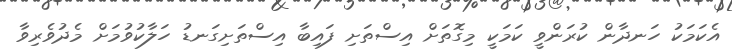
އެކަމަކު ހަނދާން ކުރަންވީ ކަމަކީ މިގޮތަށް އިސްތަށި ފައިބާ އިސްތަށިގަނޑު ހަލާކުވުމަށް މެދުވެރިވާ